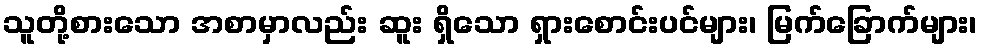
သူတို့စားသော အစာမှာလည်း ဆူး ရှိသော ရှားစောင်းပင်များ၊ မြက်ခြောက်များ၊